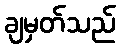
ချမှတ်သည်